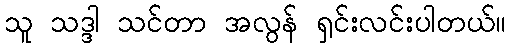
သူ သဒ္ဒါ သင်တာ အလွန် ရှင်းလင်းပါတယ်။